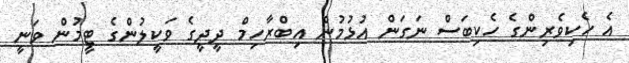
އެ ހެކިވެރިންގެ ހެކިބަސް ނަގަން އުޅުމުން އިބްރާހިމް ދީދީގެ ވަކީލުންގެ ޓީމުން ވަނީ